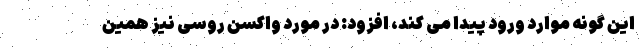
این گونه موارد ورود پیدا می کند، افزود: در مورد واکسن روسی نیز همین